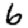
Digit: 6